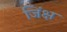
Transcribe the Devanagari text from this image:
जिंक्ष